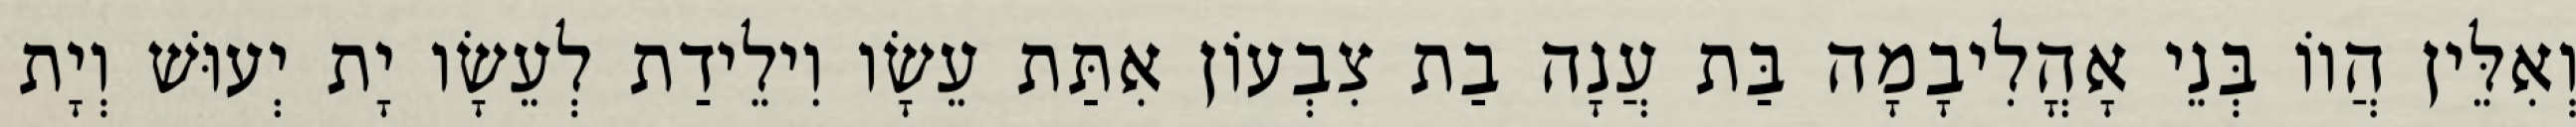
וְאִלֵּין הֲווֹ בְּנֵי אָהֳלִיבָמָה בַּת עֲנָה בַת צִבְעוֹן אִתַּת עֵשָׂו וִילֵידַת לְעֵשָׂו יָת יְעוּשׁ וְיָת